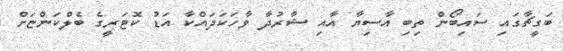
ބަގީޗާގައި ސައިބޯން ތިބި އާސިޔާ އާއި ޝާރުދާ ވާހަކަދައްކާ އަޑު ކޮޓަރީގެ ބެލްކަންޏަށް